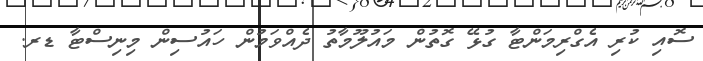
ސޮއި ކުރި އެގްރިމަންޓާ ގުޅޭ ގޮތުން މައުލޫމާތު ދެއްވަމުން ހައުސިން މިނިސްޓާ ޑރ.